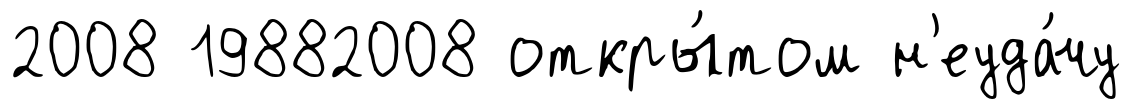
2008 19882008 откры́том н'еуда́чу